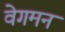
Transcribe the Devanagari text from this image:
वेगमन